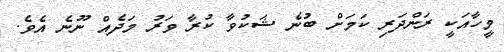
މީހާއަކީ ރަންދަރި ކަމަށް ބުނެ ޝަކުވާ ކުރާ ވަރު މަދެއް ނޫނެ އެވެ.